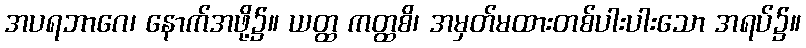
အပရဘာဂေ၊ နောက်အဖို့၌။ ယတ္ထ ကတ္ထစိ၊ အမှတ်မထားတစ်ပါးပါးသော အရပ်၌။